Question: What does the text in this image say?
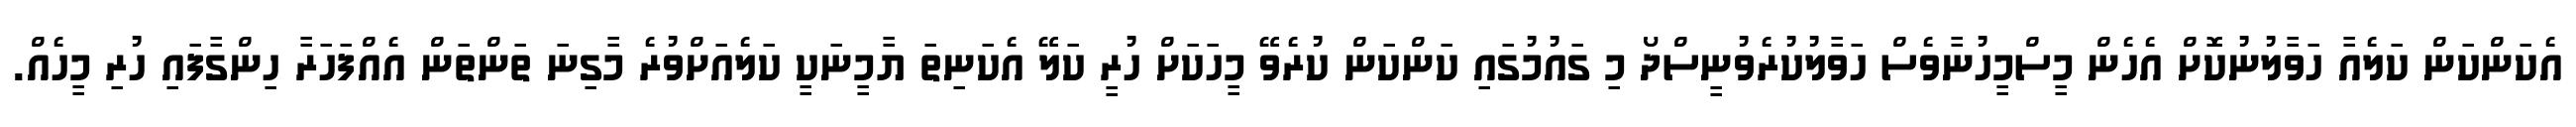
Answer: އެކަންކަން ކަލެއާ ހަވާލުނުކޮށް އެހެން މީސްމީހުނާވެސް ހަވާލުކުރެވުނީސްދޯ މި ގައުމުގައި ކަންކަން ކުރެވޭ މީހަކަށް ހުރީ ކަލޭ އެކަނިތަ ޔާމީނަކީ ކަލެއަށްވުރެ މާގިނަ ތަންތަން އެއްފަހަރާ ހިންގާފައި ހުރި މީހެއް.